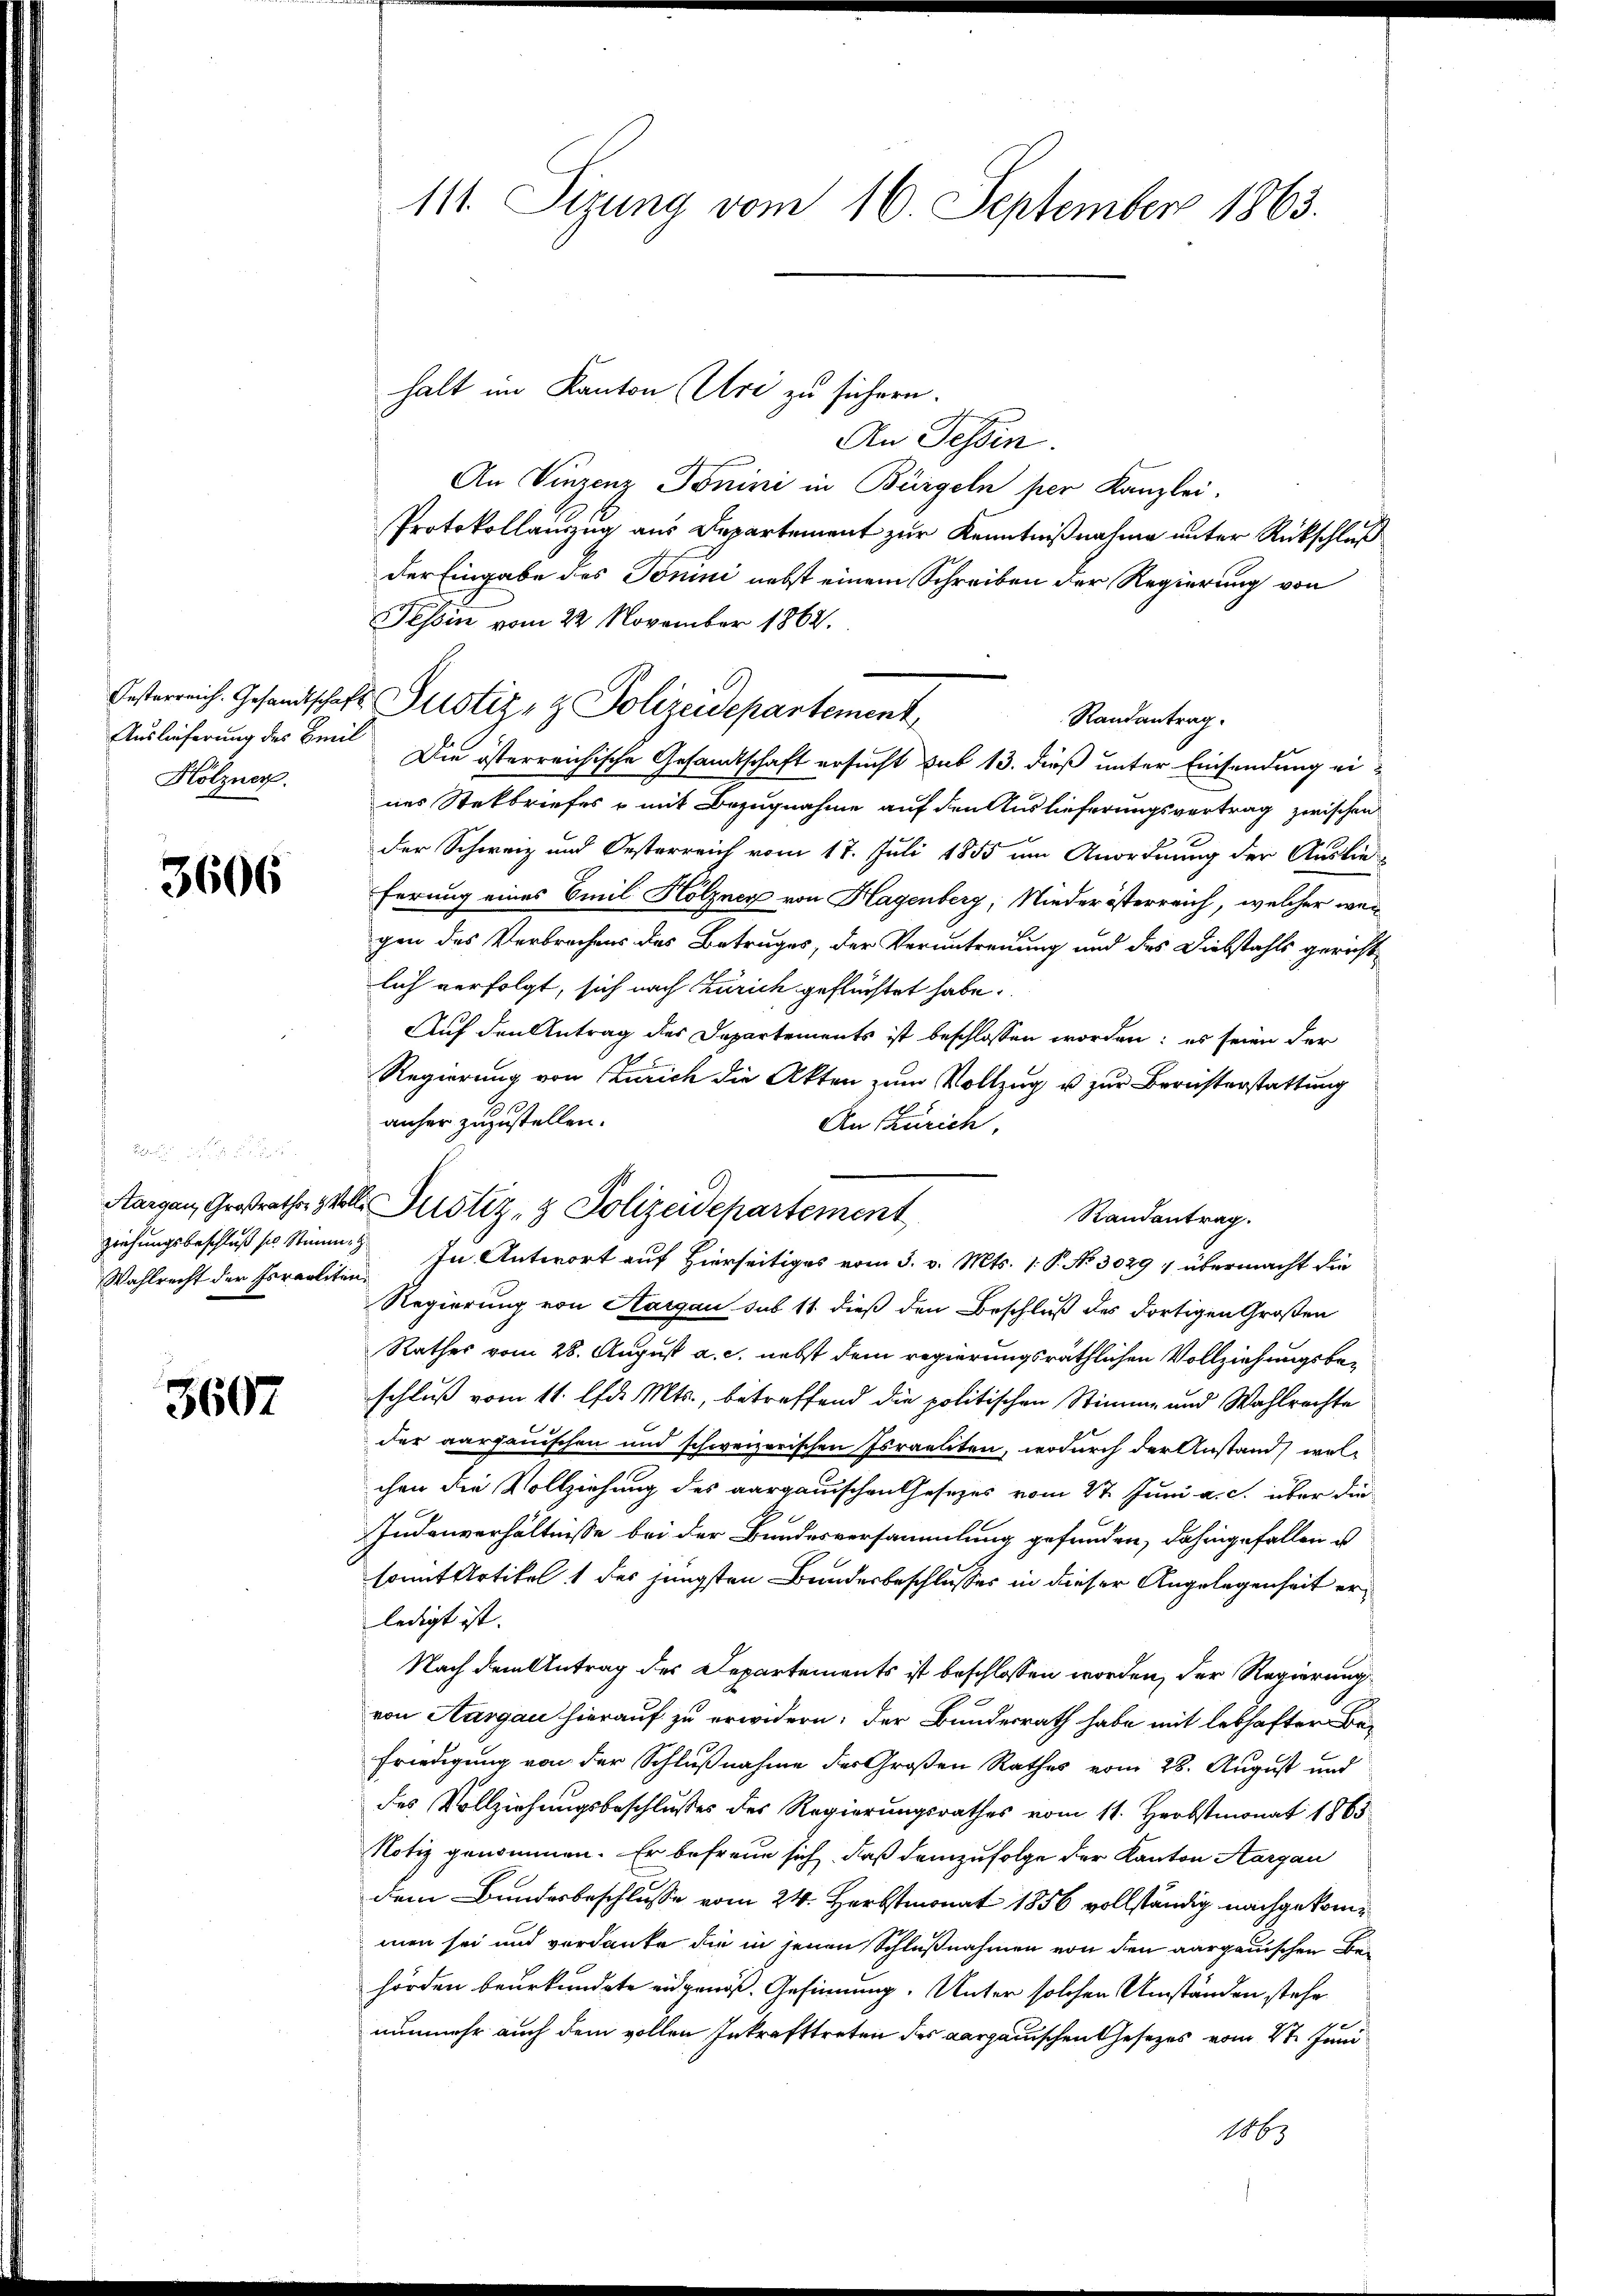
Auslieferung des Beeil
Hölzner.

3606

Wahlrecht der Israeliten

3607

111. Sizung vom 16. September 1863.

An Tessin.
An Vinzenz Tonini in Bürgeln per Kanzlei,
Protokollauszug aus Departement zur Kenntnißnahme unter Rückschluß
der Eingabe des Bonini nebst einem Schreiben der Regierung von
Tessin vom 22. November 1864.
Randantrag.
Die österreichische Gesandtschaft ersucht sub 13. dieß unter Einsendung eines Stekbriefes & mit Bezugnahme auf den Auslieferungsvertrag zwischen
der Schweiz und Oesterreich vom 17. Juli 1855 um Anordnung der Auslie-
ferung eines Emil Hölzner von Hagenberg, Niederösterreich, welcher weigen des Verbrechens des Betruges, der Veruntreuung und des Diebstahls gerichtlich verfolgt, sich nach Zürich geflüchtet habe.
Auf den Antrag des Departements ist beschlossen worden; es seien der
Regierung von Zürich die Akten zum Vollzug u. zur Berüsterstattung
anher zuzustellen.
An Zürich,
Randantrag.
ziehungsbeschluß sr. Stimme. In Antwort auf Hierseitiges vom 3. v. Mts. 1. P. No 3029 1 übermacht die
Regierung von Aargau sub 11 dieß den Beschluß des dortigen Großen
Rathes vom 28. August a. c. nebst dem regierungsräthlichen Vollziehungsbeschluß vom 11. d. Mts., betreffend die politischen Stimme und Wahlrechte
der aargauischen und schweizerischen Israeliten, wodurch der Anstand wolchen die Vollziehung des aargauischen Gesezes vom 27. Juni a. c. über die
Judenverhältnisse bei der Bundesversammlung gefunden, dahingefallen u
somit Artikel 1 des jüngsten Bundesbeschlusses in dieser Angelegenheit erledigt ist.
Nach dem Antrag des Departements ist beschlossen worden, der Regierung
von Aargau hierauf zu erwidern: der Bundesrath habe mit lebhafter Befriedigung von der Schlußnahme des Großen Rathes vom 28. August und
des Vollziehungsbeschlußes des Regierungsrathes vom 11. Herbstmonat 1865
Notiz genommen. Er befreue sich, daß demzufolge der Kanton Aargau
dem Bundesbeschlusse vom 24. Herbstmonat 1856 vollständig nachgekommen sei und verdanke die in jenen Schlußnahmen von den aargauischen Bei
hörden beurkundete eidgenoß. Gesinnung. Unter solchen Umständen stehe
h
nunmehr auch dem vollen Inkrafttreten des aargauischen Gesetzes vom 2ten Juni
No 69

Oesterreich. Gesandtschaft Zustiz- & Polizeidepartement

Aargau, Großrathes soll Justiz- & Polizeidepartement

halt im Kanton Uri zu sichern.